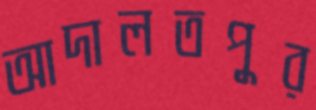
আদালতপুর